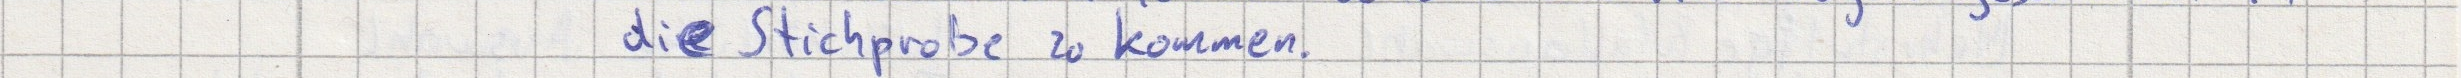
die Stichprobe zu kommen.